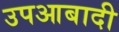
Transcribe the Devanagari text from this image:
उपआबादी